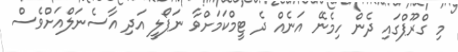
މި ގްރޫޕްގައި ދެން ހިމެނޭ އަނެއް ދެ ޓީމްކަމަށްވާ ނަޕޯލީ އަދި އާސެނަލްއަށްވެސް